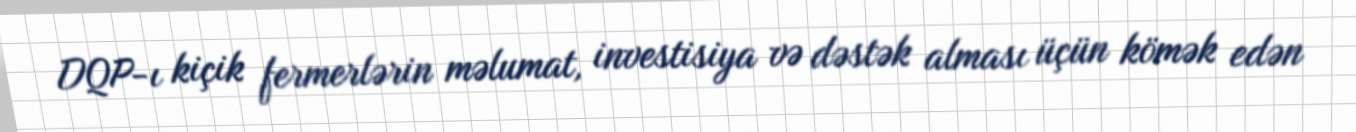
DQP-ı kiçik fermerlərin məlumat, investisiya və dəstək alması üçün kömək edən